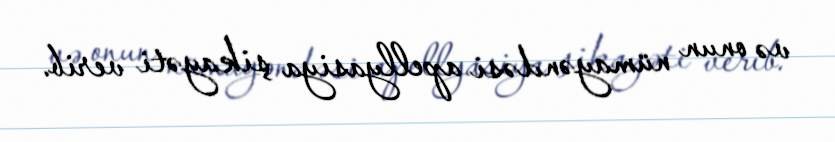
və onun nümayəndəsi apellyasiya şikayəti verib.